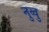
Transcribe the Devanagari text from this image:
नुव्वु